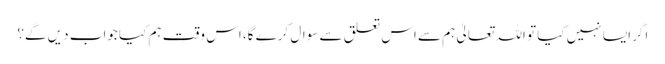
اگر ایسا نہیں کیا تو اللہ تعالیٰ ہم سے اس تعلق سے سوال کرے گا، اس وقت ہم کیا جواب دیں گے؟